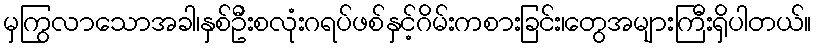
မှကြွလာသောအခါ၊နှစ်ဦးစလုံးဂရပ်ဖစ်နှင့်ဂိမ်းကစားခြင်း၊တွေအများကြီးရှိပါတယ်။